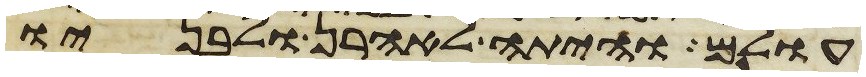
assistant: עולם והיתה לאהרן ולבניו